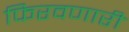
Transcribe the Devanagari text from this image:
फिरवणारी